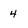
Character: 4